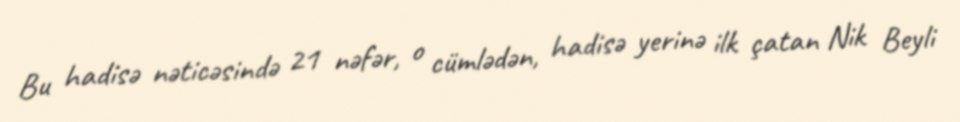
Bu hadisə nəticəsində 21 nəfər, o cümlədən, hadisə yerinə ilk çatan Nik Beyli